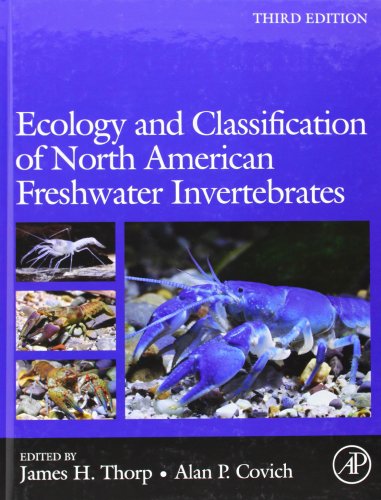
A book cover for Ecology and Classification of North American Freshwater Invertebrates, Third Edition (Aquatic Ecology (Academic Press)); Science & Math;